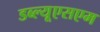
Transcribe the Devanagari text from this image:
डब्ल्यूएसएम